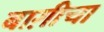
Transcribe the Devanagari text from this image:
बाग़ीचा